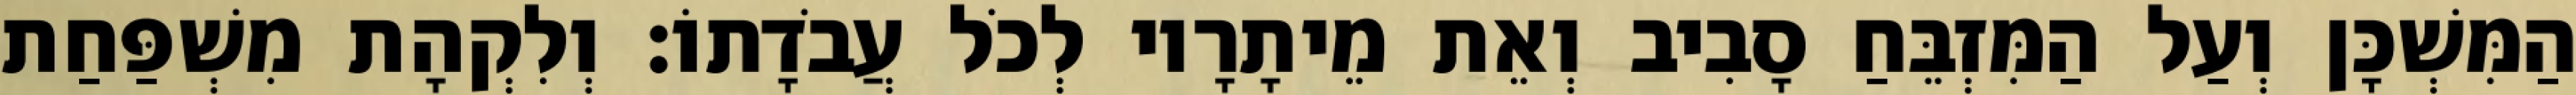
הַמִּשְׁכָּן וְעַל הַמִּזְבֵּחַ סָבִיב וְאֵת מֵיתָרָיו לְכֹל עֲבֹדָתוֹ׃ וְלִקְהָת מִשְׁפַּחַת